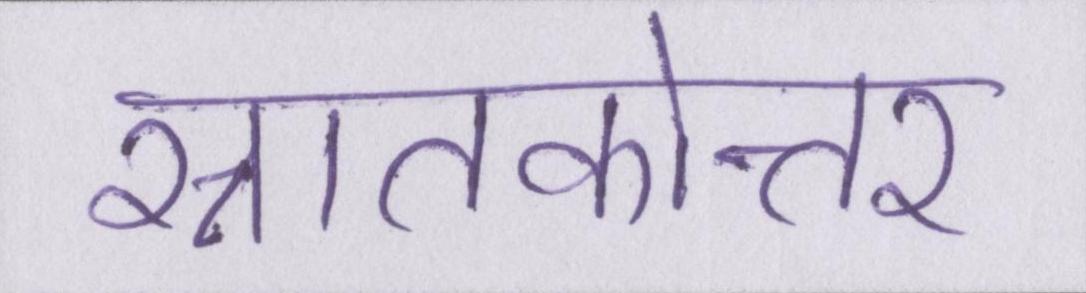
स्नातकोत्तर